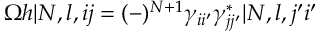
\Omega h | N , l , i j = ( - ) ^ { N + 1 } \gamma _ { i i ^ { \prime } } \gamma _ { j j ^ { \prime } } ^ { * } | N , l , j ^ { \prime } i ^ { \prime }